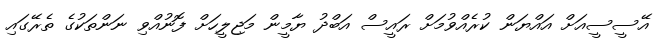
އޭސީސީއަށް އައްޔަން ކުރެއްވުމަށް ރައީސް އަބްދު ޔާމީން މަޖިލީހަށް ފޮނުއްވި ނަންތަކުގެ ތެރޭގައި